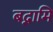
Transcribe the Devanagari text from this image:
बद्नामि